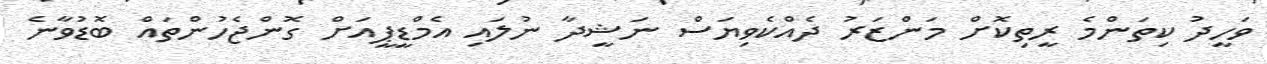
ވަހީދު ކިތަންމެ ރީތިކޮށް މަންޒަރު ދެއްކެވިޔަސް ނަޝީދާ ނުލައި އެމްޑީޕީއަށް ގޮންޖެހުންތައް ބޮޑުވާނެ